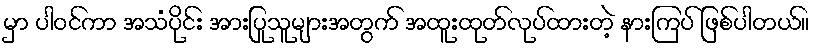
မှာ ပါဝင်ကာ အသံပိုင်း အားပြုသူများအတွက် အထူးထုတ်လုပ်ထားတဲ့ နားကြပ် ဖြစ်ပါတယ်။